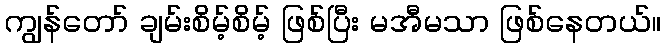
ကျွန်တော် ချမ်းစိမ့်စိမ့် ဖြစ်ပြီး မအီမသာ ဖြစ်နေတယ်။